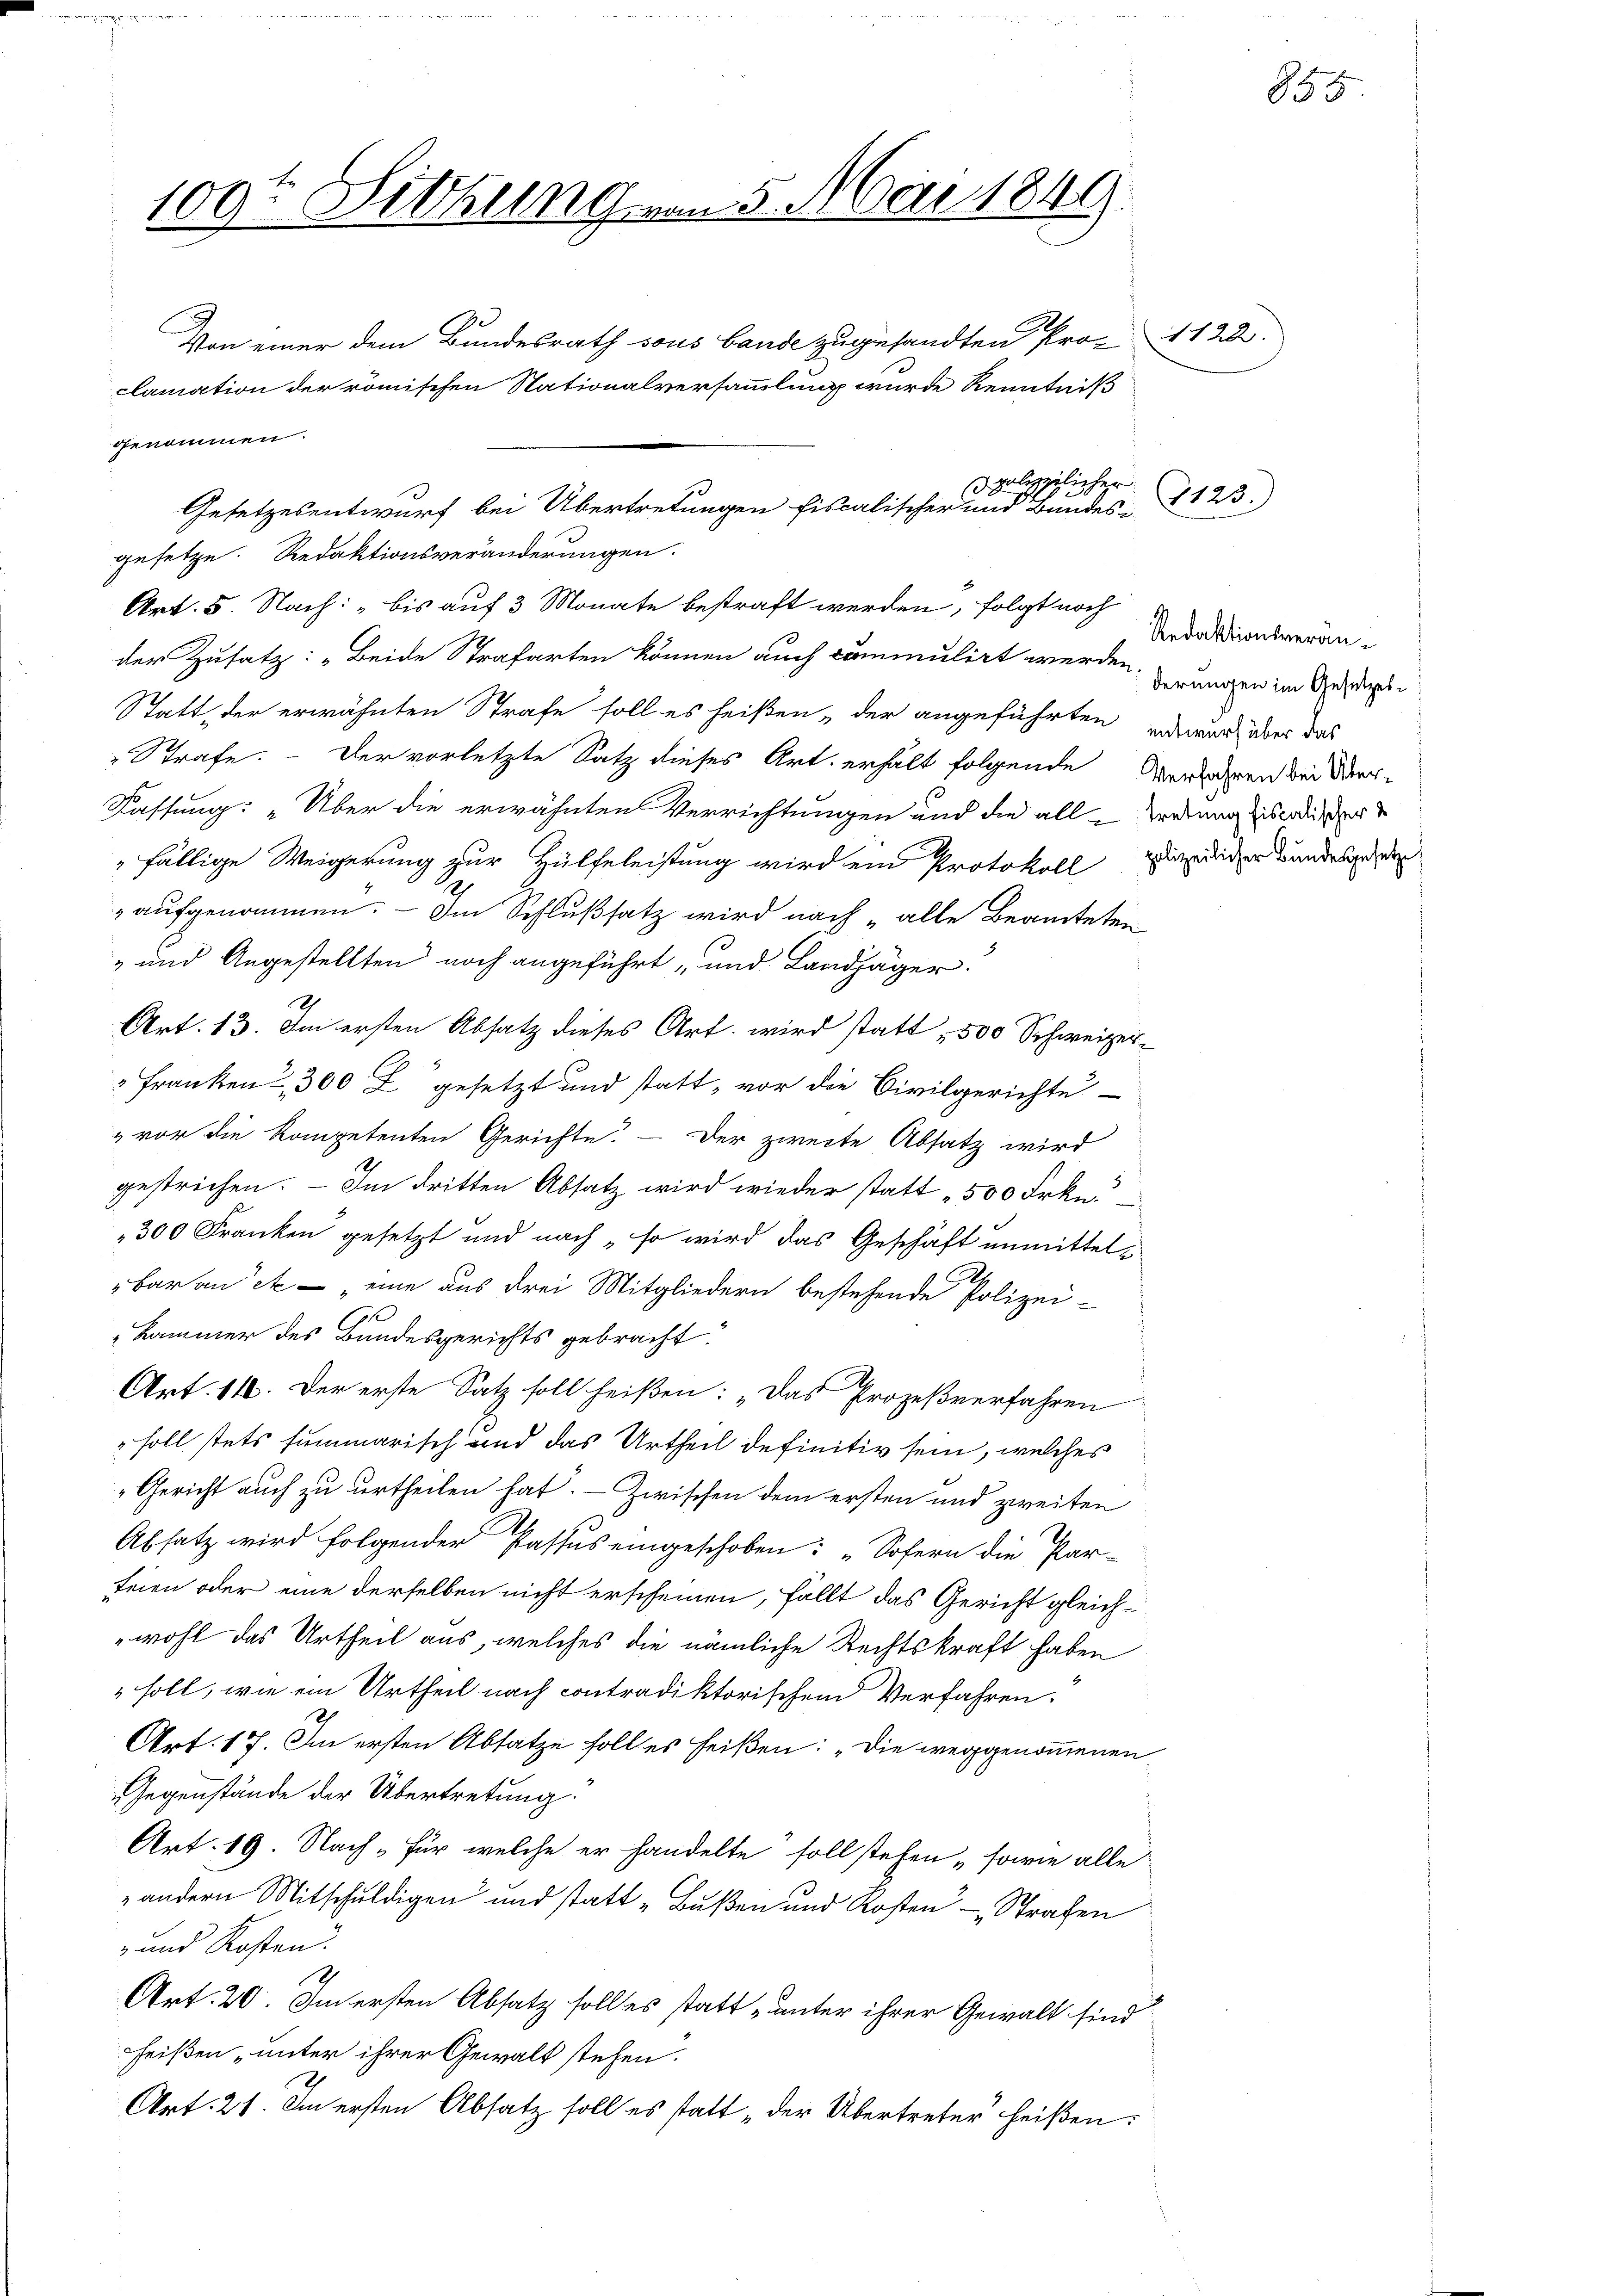
109te Sitzung vom 5. Mai 1849.

Von einer dem Bundesrath sous bande zugesandten Pro-
clamation der römischen Nationalversammlung wurde Kenntniß
genommen.

gesetze. Redaktionsveränderungen.
Art. 5. Nach: "bis auf 3 Monate bestraft werden, folgt noch
der Zusatz: „Beide Strafarten können auch commulirt werden.
Statt der erwähnten Strafe soll es heißen „der angeführten, inderen, über das
Strafe. - Der vorletzte Satz dieses Art. erhält folgende Verwahren bei der¬
Fassung: „Über die erwähnten Verrichtungen und die all-Verdenen Eiserdieser
fällige Weigerung zur Hülfeleistung wird ein Protokoll zuwider Bundesge
" aufgenommen. — Im Schlußsatz wird nach „alle Beamteten
" und Angestellten noch angeführt „und Landjäger.
Art. 13. Im ersten Absatz dieses Art. wird statt 500 Schweizer¬
" Franken - 300 Z. gesetzt und statt, vor die Civilgerichte
" vor die kompetenten Gerichte. — Der zweite Absatz wird
gestrichen. — Im dritten Absatz wird wieder statt „500 Frkn.
300 Franken gesetzt und nach „so wird das Geschäft unmittelbar an et — eine aus drei Mitgliedern bestehende Polizei¬
1
Kammer des Bundesgerichts gebracht.
Art. 11. Der erste Satz soll heißen: „Das Prozeßverfahren
soll stets summarisch und das Urtheil definitiv sein, welches
Gericht auch zu urtheilen hat. — Zwischen dem ersten und zweiten
Absatz wird folgender Passus eingeschoben: „Sofern die Par-
teien oder eine derselben nicht erscheinen, fällt das Gericht gleichwohl das Urtheil aus, welches die nämliche Rechtskraft haben
soll, wie ein Urtheil nach contradiktorischen Verfahren.
Art. 17. Im ersten Absatze soll es heißen: „Die weggenommenen
Gegenstände der Übertretung
Art. 19. Nach „Für welche er handelte soll stehen sowie alle
 andern Mitschuldigen und statt „Bußen und Kosten - Strafen
- und Kosten
Z
Art. 20. Im ersten Absatz soll es statt „unter ihrer Gewalt sind
heißen unter ihrer Gewalt stehen.
Art. 21. Im ersten Absatz soll es statt „der Übertreter heißen:

dpolizeilicher

Gesetzesentwurf bei Übertretungen fiscalischer und Bundes-7123)

1120.)

854

Redaktionsveränderungen im Gesetzes¬